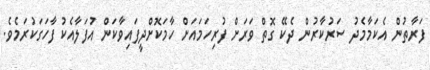
ފަރާތުން އެކަމާމެދު ސަރުކާރުން ދެކޭ ގޮތް ވަރަށް ފުރިހަމައަށް ހާމަކޮށްދީފައިވާކަން އުފަލާއެކު ފާހަގަކުރަމެވެ.